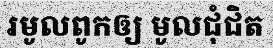
រមូលពូកឲ្យ មូលជុំជិត